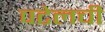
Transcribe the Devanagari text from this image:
पटेलची